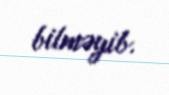
bilməyib.